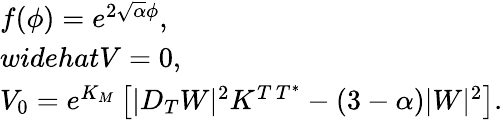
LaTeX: \left.\begin{array}{l}{{f(\phi)=e^{2\sqrt\alpha\phi},\ }}\\ {{widehat{V}=0,}}\\ {{V_{0}=e^{K_{M}}\left[|D_{T}W|^{2}K^{T\, T^{*}}-(3-\alpha)|W|^{2}\right].}}\end{array}\right.